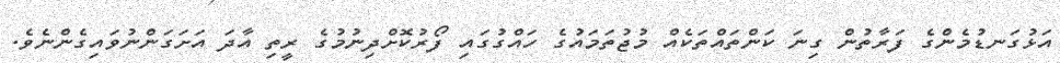
އަޅުގަނޑުމެންގެ ފަރާތުން ގިނަ ކަންތައްތަކެއް މުޖުތަމައުގެ ހައްގުގައި ފޯރުކޮށްދިނުމުގެ ރީތި އާދަ އަށަގަންނުވައިގެންނެވެ.